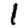
Digit: 1